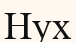
Нух